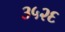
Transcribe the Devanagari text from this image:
३५२६